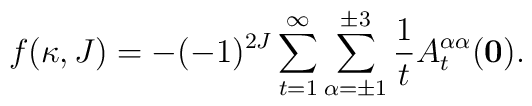
f(\kappa, J)= - (-1)^{2J} \sum_{t=1} ^\infty\sum_{\alpha= \pm 1} ^{\pm 3} \frac{1}{t}A^{\alpha \alpha}_t({\bf 0}).